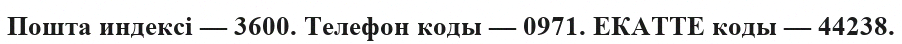
Пошта индексі — 3600. Телефон коды — 0971. ЕКАТТЕ коды — 44238.